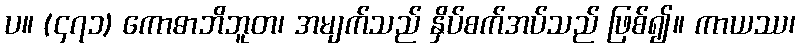
ပ။ (၄၇၁) ကောဓာဘိဘူတ၊ အမျက်သည် နှိပ်စက်အပ်သည် ဖြစ်၍။ ကာယဿ၊